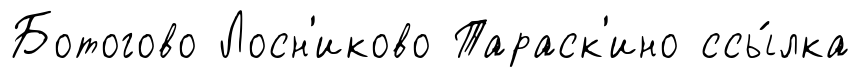
Ботогово Лосн'иково Тараск'ино ссы́лка